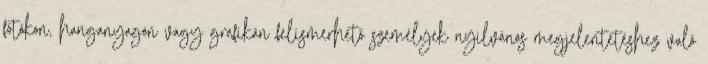
fotókon, hanganyagon vagy grafikán felismerhető személyek nyilvános megjelentetéshez való